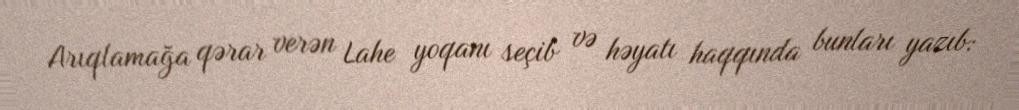
Arıqlamağa qərar verən Lahe yoqanı seçib və həyatı haqqında bunları yazıb: